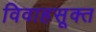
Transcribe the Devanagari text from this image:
विवाहसूक्त